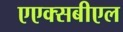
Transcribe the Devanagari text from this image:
एएक्सबीएल